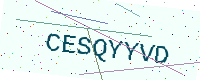
Text: CESQYYVD